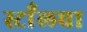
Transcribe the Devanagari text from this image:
स्टाँलचा